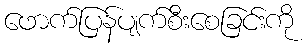
ဖောက်ပြန်ပျက်စီးစေခြင်းကို